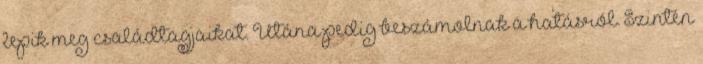
lepik meg családtagjaikat. Utána pedig beszámolnak a hatásról. Szintén